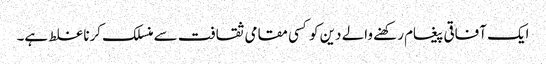
ایک آفاقی پیغام رکھنے والے دین کو کسی مقامی ثقافت سے منسلک کرنا غلط ہے۔